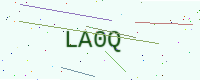
Text: LA0Q